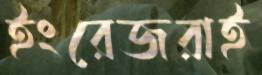
ইংরেজরাই